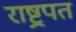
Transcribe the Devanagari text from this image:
राष्ट्रपत